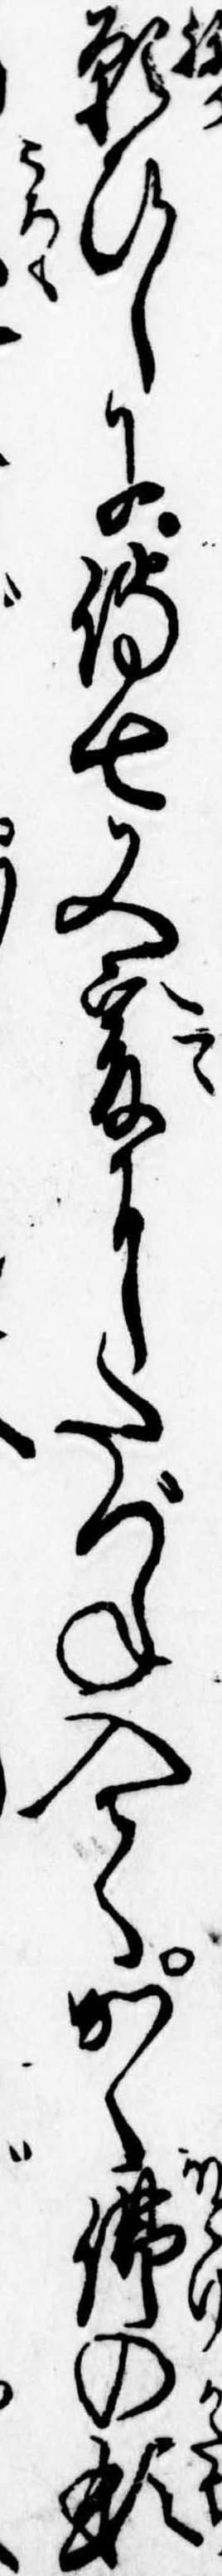
願ひしに伝七又爰にたづね入てかく仏の形